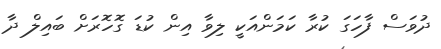
ދުވަސް ފާހަގަ ކުރާ ކަމަންއަކީ ލިވާ އިން ކުޑަ ގޮހޮރަށް ބައިލް ދާ